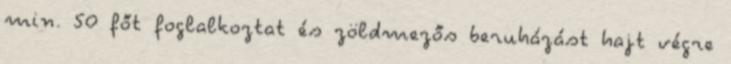
min. 50 főt foglalkoztat és zöldmezős beruházást hajt végre